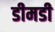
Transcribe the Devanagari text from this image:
डीमडी